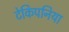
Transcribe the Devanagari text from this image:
टेकिपनिया